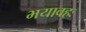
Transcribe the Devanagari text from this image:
भयावहः